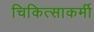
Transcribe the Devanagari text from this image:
चिकित्साकर्मी